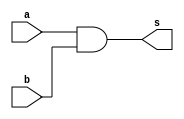
module and_gate (
	input a,    // Clock
	input b, // Clock Enable
	output s  // Asynchronous reset active low
	
);
	assign s = a && b;


endmodule



// module and_gate(a,b,s);
// 	input a;
// 	input b;
// 	output s;
	
// 	assign s = a && b;

// endmodule